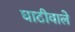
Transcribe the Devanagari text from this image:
घाटीवाले